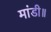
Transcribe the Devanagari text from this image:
मांडी॥